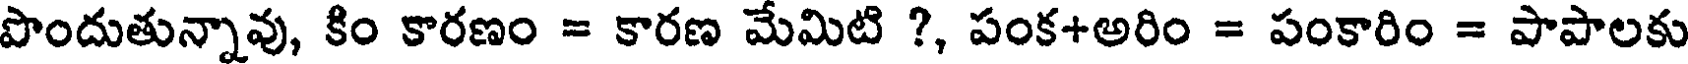
పొందుతున్నావు, కిం కారణం = కారణ మేమిటి ?, పంక+అరిం = పంకారిం = పాపాలకు